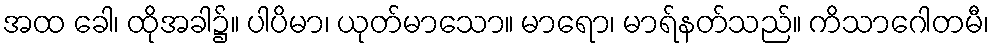
အထ ခေါ၊ ထိုအခါ၌။ ပါပိမာ၊ ယုတ်မာသော။ မာရော၊ မာရ်နတ်သည်။ ကိသာဂေါတမီ၊